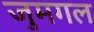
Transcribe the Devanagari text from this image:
जुमगल